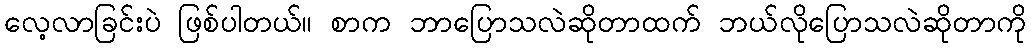
လေ့လာခြင်းပဲ ဖြစ်ပါတယ်။ စာက ဘာပြောသလဲဆိုတာထက် ဘယ်လိုပြောသလဲဆိုတာကို